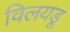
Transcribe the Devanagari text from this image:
विलयडू